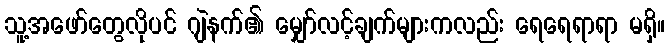
သူ့အဖော်တွေလိုပင် ဂျဲနက်၏ မျှော်လင့်ချက်များကလည်း ရေရေရာရာ မရှိ။